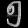
Digit: ၅